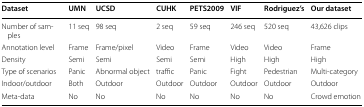
<table><thead><tr><td><b>Dataset</b></td><td><b>UMN</b></td><td><b>UCSD</b></td><td><b>CUHK</b></td><td><b>PETS2009</b></td><td><b>VIF</b></td><td><b>Rodriguez’s</b></td><td><b>Our dataset</b></td></tr></thead><tbody><tr><td>Number of samples</td><td>11 seq</td><td>98 seq</td><td>2 seq</td><td>59 seq</td><td>246 seq</td><td>520 seq</td><td>43,626 clips</td></tr><tr><td>Annotation level</td><td>Frame</td><td>Frame/pixel</td><td>Video</td><td>Frame</td><td>Video</td><td>Video</td><td>Frame</td></tr><tr><td>Density</td><td>Semi</td><td>Semi</td><td>Semi</td><td>Semi</td><td>High</td><td>High</td><td>High</td></tr><tr><td>Type of scenarios</td><td>Panic</td><td>Abnormal object</td><td>traffic</td><td>Panic</td><td>Fight</td><td>Pedestrian</td><td>Multi-category</td></tr><tr><td>Indoor/outdoor</td><td>Both</td><td>Outdoor</td><td>Outdoor</td><td>Outdoor</td><td>Outdoor</td><td>Outdoor</td><td>Outdoor</td></tr><tr><td>Meta-data</td><td>No</td><td>No</td><td>No</td><td>No</td><td>No</td><td>No</td><td>Crowd emotion</td></tr></tbody></table>